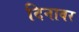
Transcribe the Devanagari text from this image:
दिनावर